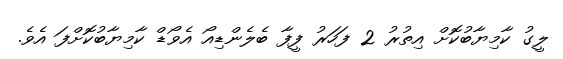
ލީގު ކާމިޔާބުކޮށް އިތުރު 2 ފަހަރު ފީފާ ބެލެންޑިއޯ އެވޯޑް ކާމިޔާބުކޮށްފަ އެވެ.